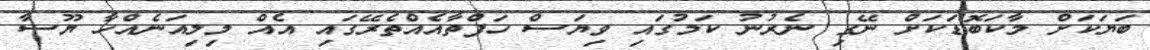
ބަޔަކަށް މާކަބޮޑަކަށް ނޭގި ނެރުނު ކަމުގައި ވިޔަސް ހަފްތާއެއްތެރޭގައި އެއް މިލިއަނެއްހާ ޔޫސާ